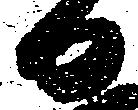
日